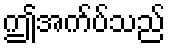
ဤအက်ပ်သည်